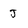
Character: J